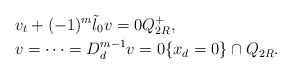
\begin{align*}&v_t+(-1)^m \tilde{\l}_0 v=0 Q_{2R}^+,\\&v=\cdots=D_d^{m-1}v=0\{x_d=0\}\cap Q_{2R}.\end{align*}